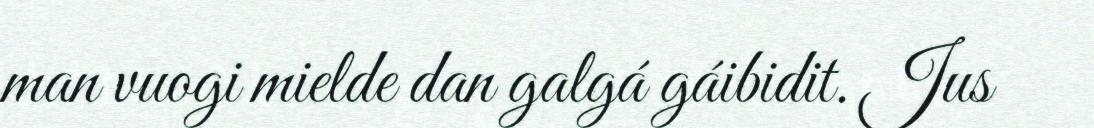
man vuogi mielde dan galgá gáibidit. Jus